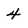
Character: 4